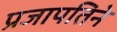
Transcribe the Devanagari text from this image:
प्रजापतिने